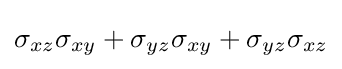
\sigma _{xz}\sigma _{xy}+\sigma _{yz}\sigma _{xy}+\sigma _{yz}\sigma _{xz}